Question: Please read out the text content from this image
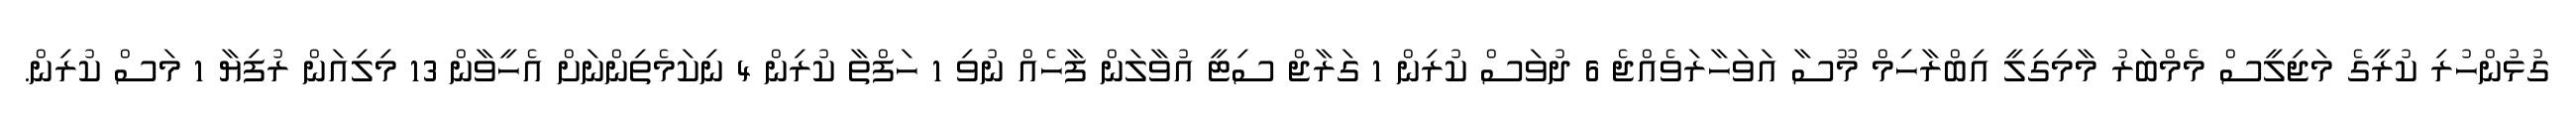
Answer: ގުޅުންހުރި ކުރީގެ މަޖިލީސް މެމްބަރު މާމިގިލީ އިބްރާހިމް މޫސާ އަވަހާރަވެއްޖެ 6 ދުވަސް ކުރިން 1 ގަރާޖް ސިޓީ އުވާލަން ފާހެއް ނުވި 1 ހަފްތާ ކުރިން 4 ނިކަމެތިންނަށް އެހީވާން 13 މިލިއަން ރުފިޔާ 1 މަސް ކުރިން.